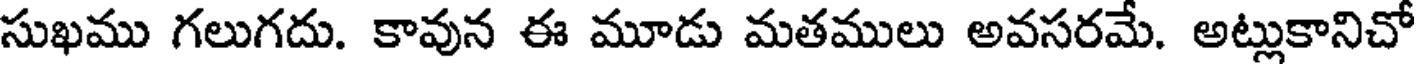
సుఖము గలుగదు. కావున ఈ మూడు మతములు అవసరమే. అట్లుకానిచో